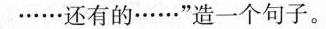
……还有的……”造一个句子。